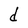
Character: d